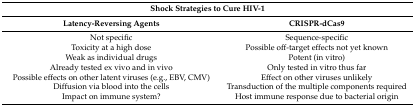
<table><thead><tr><td colspan="2"><b>Shock Strategies to Cure HIV-1</b></td></tr><tr><td><b>Latency-Reversing Agents</b></td><td><b>CRISPR-dCas9</b></td></tr></thead><tbody><tr><td>Not specific</td><td>Sequence-specific</td></tr><tr><td>Toxicity at a high dose</td><td>Possible off-target effects not yet known</td></tr><tr><td>Weak as individual drugs</td><td>Potent (in vitro)</td></tr><tr><td>Already tested ex vivo and in vivo</td><td>Only tested in vitro thus far</td></tr><tr><td>Possible effects on other latent viruses (e.g., EBV, CMV)</td><td>Effect on other viruses unlikely</td></tr><tr><td>Diffusion via blood into the cells</td><td>Transduction of the multiple components required</td></tr><tr><td>Impact on immune system?</td><td>Host immune response due to bacterial origin</td></tr></tbody></table>